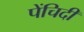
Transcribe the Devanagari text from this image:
पेंचिदी